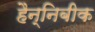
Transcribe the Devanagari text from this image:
हैन्निबीक